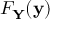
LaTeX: F _ { \mathbf { Y } } ( \mathbf { y } )